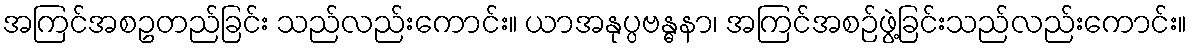
အကြင်အစဥတည်ခြင်း သည်လည်းကောင်း။ ယာအနုပ္ပဗန္ဓနာ၊ အကြင်အစဉ်ဖွဲ့ခြင်းသည်လည်းကောင်း။